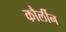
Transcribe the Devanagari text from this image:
कौर्लीन